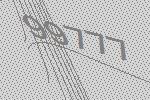
99777